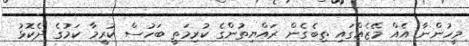
މީހުންނާ އެއް މޭޒެއްގައި ތިބެގެން ރައްޔިތުންގެ ކުރިމަތީ ބަހުސް ކުރީމާ ކަމުގެ ދެކޮޅު